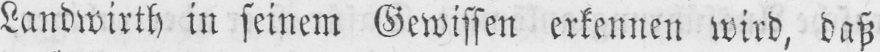
Landwirth in seinem Gewissen erkennen wird, daß